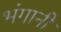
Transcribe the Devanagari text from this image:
भंगानी